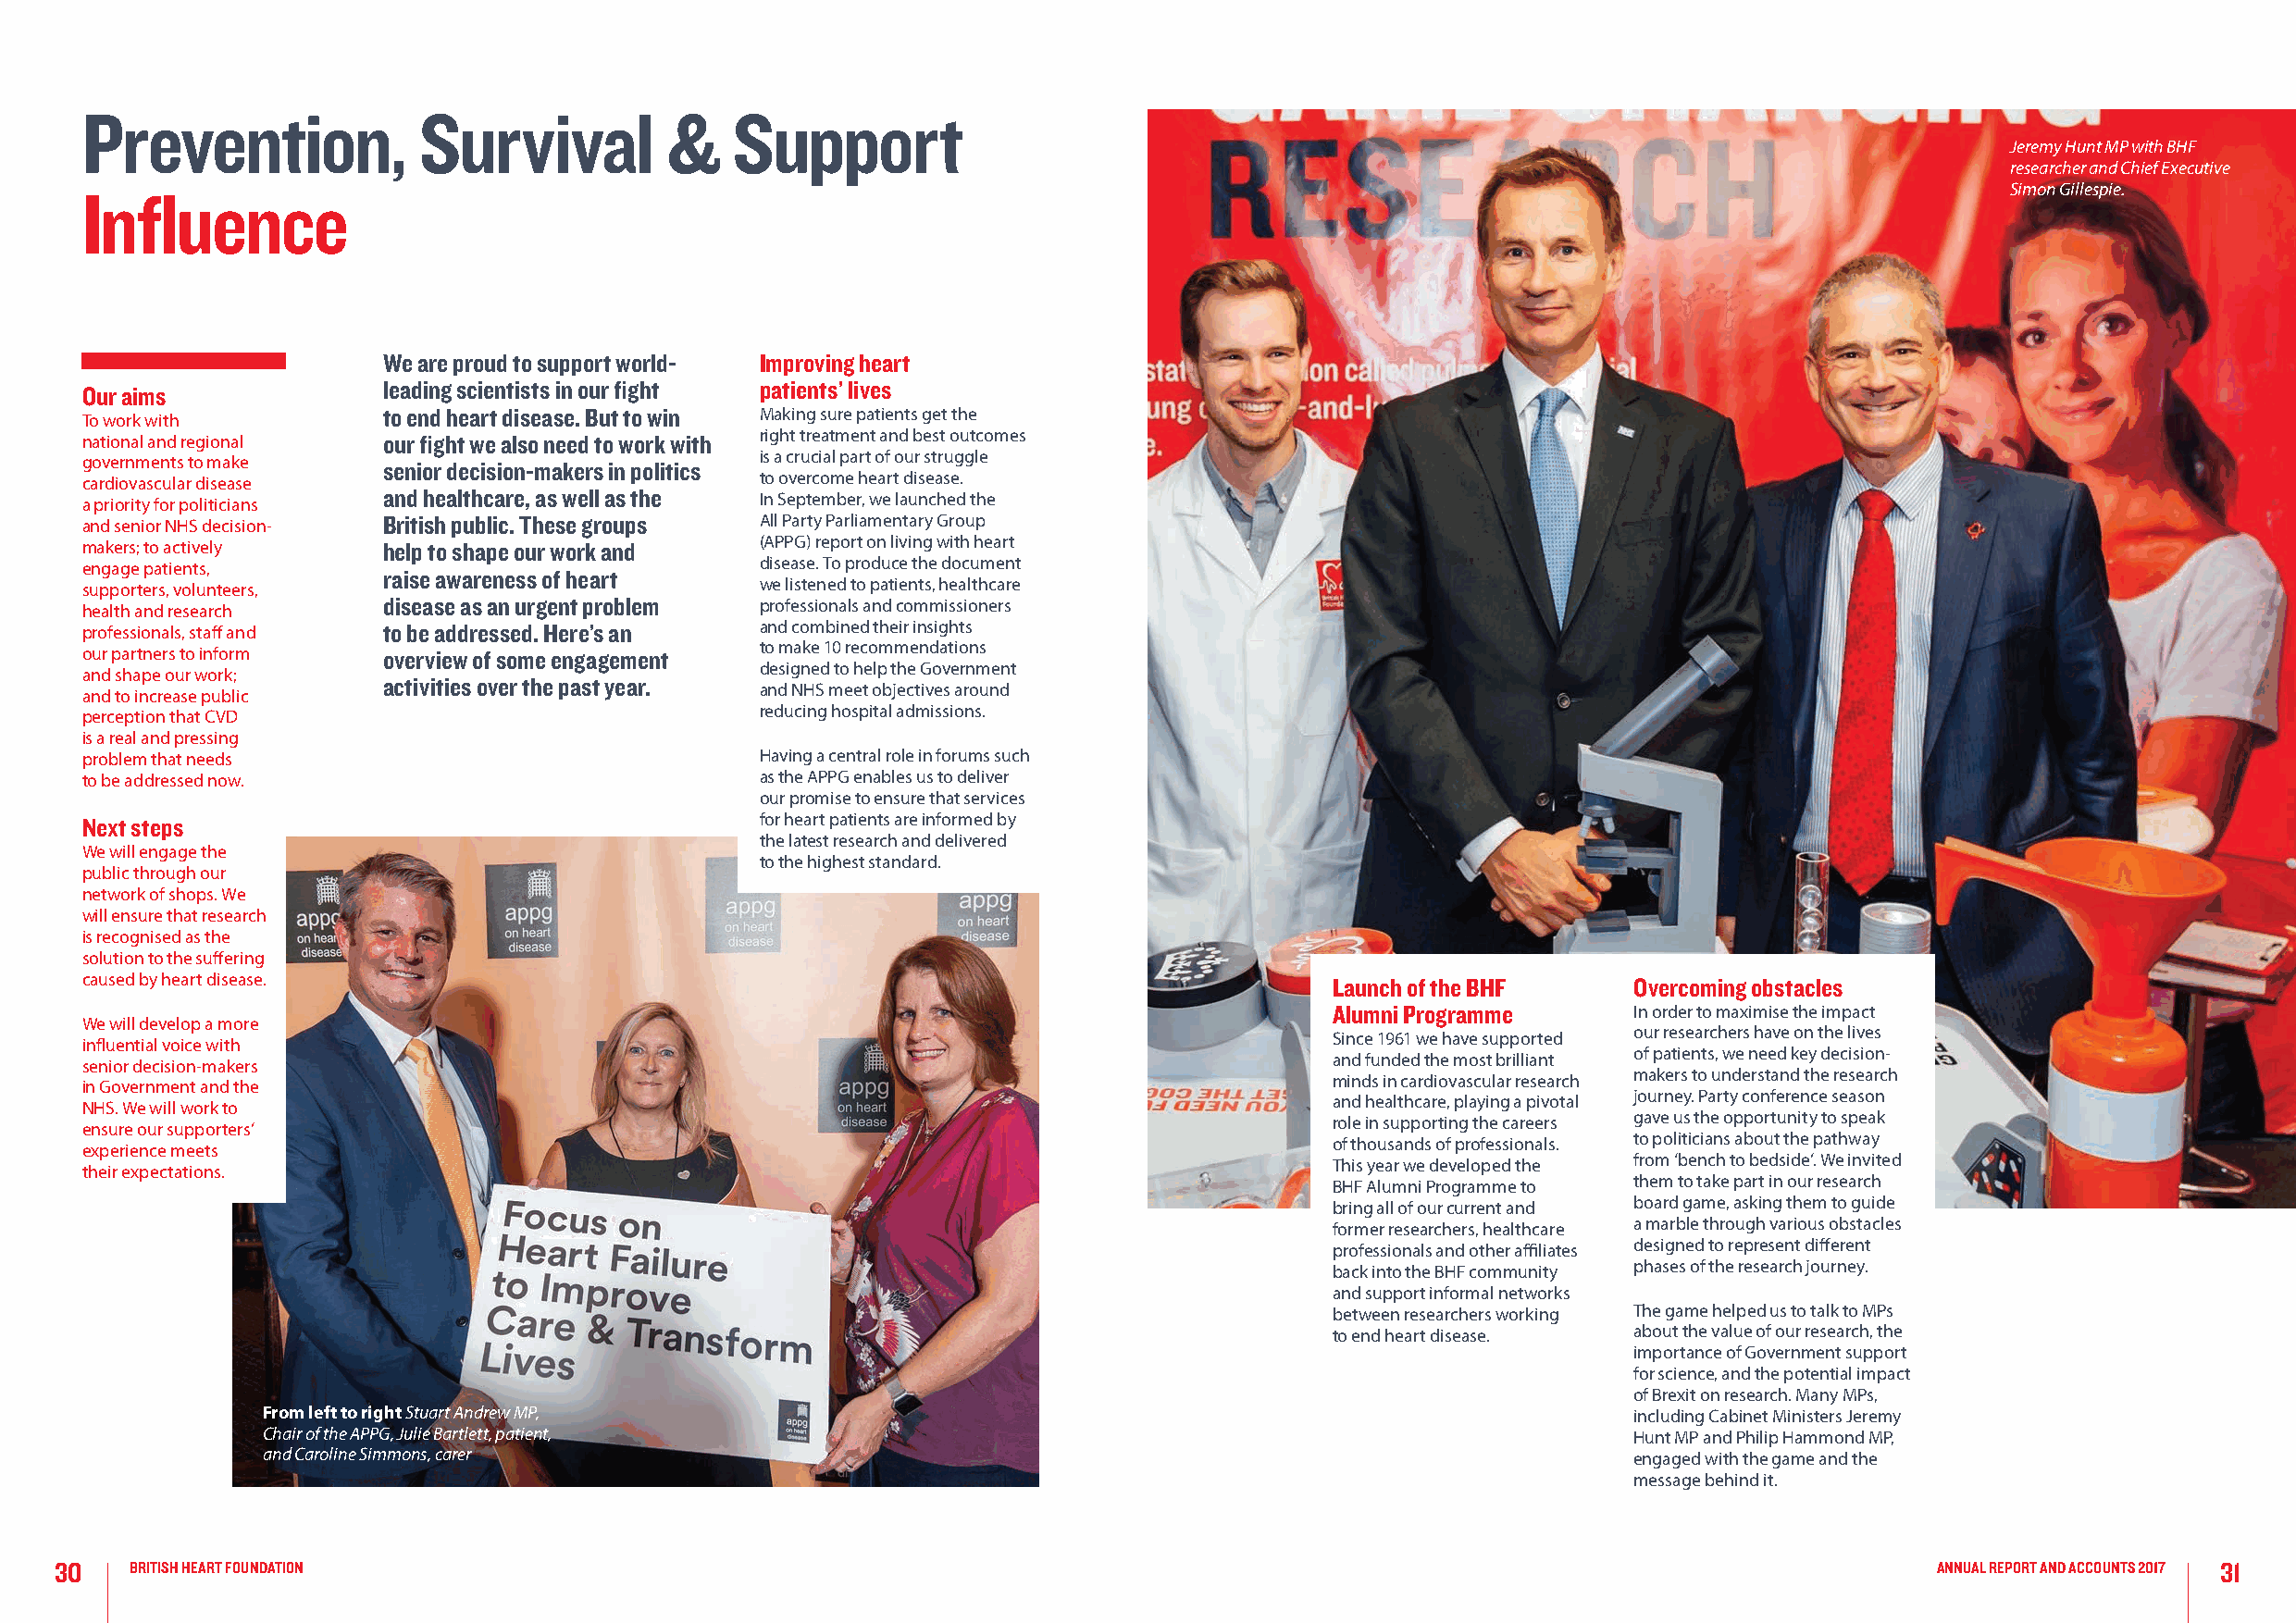
Prevention,             Survival          &   Support
 Jeremy Hunt MP with BHF
 researcher and Chief Executive
 Simon Gillespie.
 Influence
 We are proud to support world- Improving heart
 leading scientists in our fight patients’ lives
 Our aims
 to end heart disease. But to win Making sure patients get the
 To work with
 national and regional our fight we also need to work with right treatment and best outcomes
 is a crucial part of our struggle
 governments to make  senior decision-makers in politics
 to overcome heart disease.
 cardiovascular disease
 and healthcare, as well as the In September, we launched the
 a priority for politicians
 and senior NHS decision- British public. These groups All Party Parliamentary Group
 (APPG) report on living with heart
 makers; to actively  help to shape our work and
 disease. To produce the document
 engage patients,
 raise awareness of heart
 we listened to patients, healthcare
 supporters, volunteers,
 disease as an urgent problem professionals and commissioners
 health and research
 professionals, staff and to be addressed. Here’s an and combined their insights
 to make 10 recommendations
 our partners to inform overview of some engagement
 designed to help the Government
 and shape our work;
 activities over the past year.
 and NHS meet objectives around
 and to increase public
 reducing hospital admissions.
 perception that CVD
 is a real and pressing
 problem that needs                              Having a central role in forums such
 to be addressed now.                            as the APPG enables us to deliver
 our promise to ensure that services
 Next steps                                      for heart patients are informed by
 the latest research and delivered
 We will engage the
 to the highest standard.
 public through our
 network of shops. We
 will ensure that research
 is recognised as the
 solution to the suffering
 caused by heart disease.                                                                 Launch of the BHF     Overcoming obstacles
 Alumni Programme      In order to maximise the impact
 We will develop a more
 Since 1961 we have supported our researchers have on the lives
 influential voice with
 and funded the most brilliant of patients, we need key decision-
 senior decision-makers
 minds in cardiovascular research makers to understand the research
 in Government and the
 and healthcare, playing a pivotal journey. Party conference season
 NHS. We will work to
 role in supporting the careers gave us the opportunity to speak
 ensure our supporters’
 of thousands of professionals. to politicians about the pathway
 experience meets
 This year we developed the from ‘bench to bedside’. We invited
 their expectations.
 BHF Alumni Programme to them to take part in our research
 bring all of our current and board game, asking them to guide
 former researchers, healthcare a marble through various obstacles
 professionals and other affiliates designed to represent different
 back into the BHF community phases of the research journey.
 and support informal networks
 between researchers working The game helped us to talk to MPs
 to end heart disease. about the value of our research, the
 importance of Government support
 for science, and the potential impact
 of Brexit on research. Many MPs,
 From left to right Stuart Andrew MP,                                                              including Cabinet Ministers Jeremy
 Chair of the APPG, Julie Bartlett, patient,                                                       Hunt MP and Philip Hammond MP,
 and Caroline Simmons, carer                                                                       engaged with the game and the
 message behind it.
 30   BRITISH HEART FOUNDATION                                                                                                          ANNUAL REPORT AND ACCOUNTS 2017 31